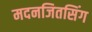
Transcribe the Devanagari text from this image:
मदनजितसिंग